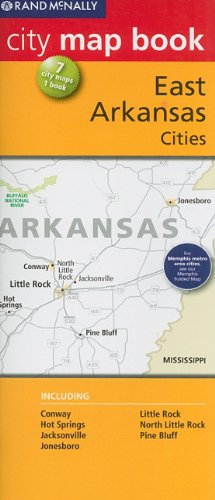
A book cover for Rand McNally City Map Book: Eastern Arkansas Cities (Rand McNally City Map Books); Travel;